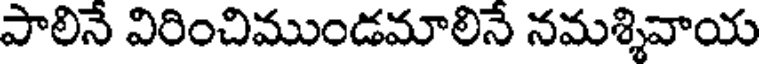
పాలినే విరించిముండమాలినే నమశ్శివాయ